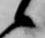
候